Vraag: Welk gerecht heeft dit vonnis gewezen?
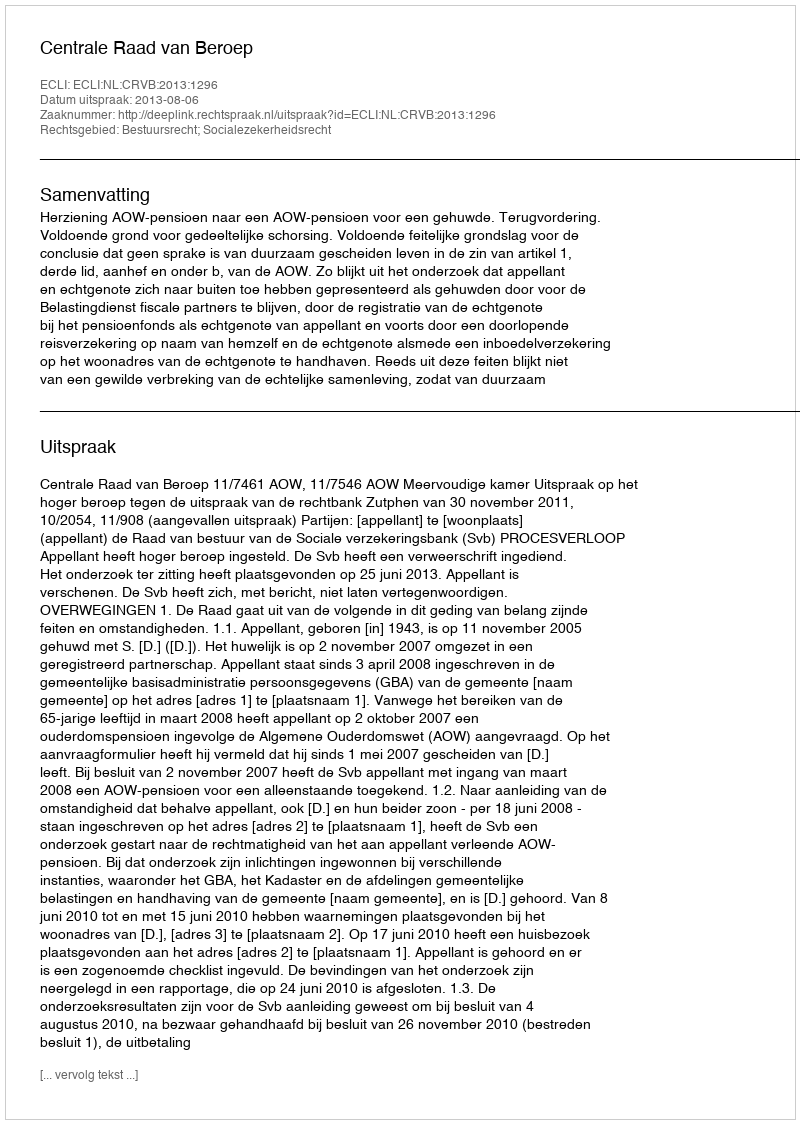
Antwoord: Centrale Raad van Beroep